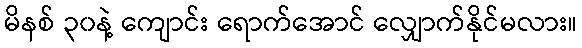
မိနစ် ၃၀နဲ့ ကျောင်း ရောက်အောင် လျှောက်နိုင်မလား။